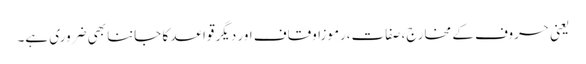
یعنی حروف کے مخارج،صفات،رموزاوقاف اور دیگر قواعد کا جاننا بھی ضروری ہے۔